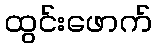
ထွင်းဖောက်